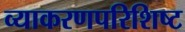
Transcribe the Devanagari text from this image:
व्याकरणपरिशिष्ट